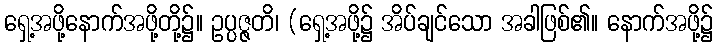
ရှေ့အဖို့နောက်အဖို့တို့၌။ ဥပ္ပဇ္ဇတိ၊ (ရှေ့အဖို့၌ အိပ်ချင်သော အခါဖြစ်၏။ နောက်အဖို့၌